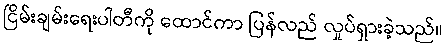
ငြိမ်းချမ်းရေးပါတီကို ထောင်ကာ ပြန်လည် လှုပ်ရှားခဲ့သည်။